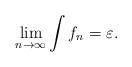
LaTeX: \begin{align*}\lim_{n \rightarrow \infty}\int f_n = \varepsilon.\end{align*}